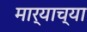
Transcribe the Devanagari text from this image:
मार्‍याच्या